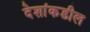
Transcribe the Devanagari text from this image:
देशांकडील